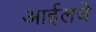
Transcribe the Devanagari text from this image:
आईलचे